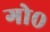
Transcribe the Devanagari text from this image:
गो०